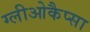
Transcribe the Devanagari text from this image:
ग्लीओकैप्सा